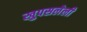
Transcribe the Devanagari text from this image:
खुपसलेली